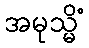
အမုသ္မိံ